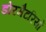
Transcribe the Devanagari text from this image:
डोरमैटरियों